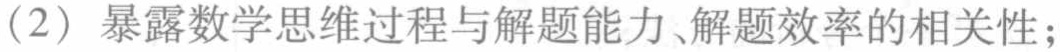
（2）暴露数学思维过程与解题能力、解题效率的相关性；